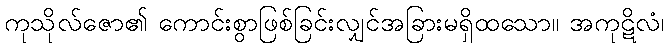
ကုသိုလ်ဇော၏ ကောင်းစွာဖြစ်ခြင်းလျှင်အခြားမရှိထသော။ အကုဋိလံ၊